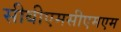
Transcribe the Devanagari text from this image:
सीबीएमसीएमएम